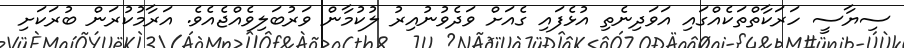
ސިޔާސީ ހަރަކާތްތަކެއްގައި އަވަދިނެތި އުޅެފައި ގެއަށް ވަދެވުނުއިރު ލުކުމާން ވަރުބަލިވެއްޖެއެވެ. އަރާމުކުރަން ބުރަކަށި